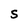
Character: S